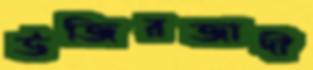
উজিরজাদী